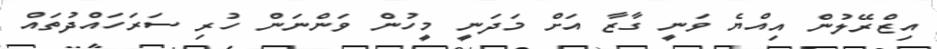
އިޒްރޭލުން އިއްޔެ ވަނީ ގާޒާ އަށް މަދަނީ މީހުން ވަންނަން ހުރި ސަރަހައްދުތައް